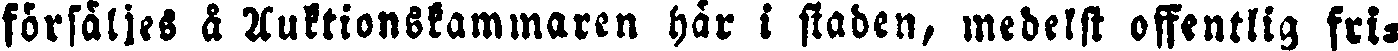
försäljes å Auktionskammaren här i staden, medelst offentlig fri-